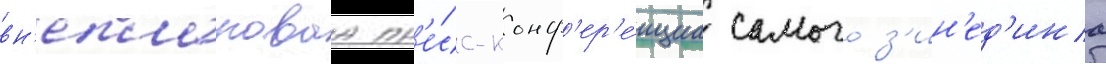
вн'еплановаа пр'е́сс-конф'ер'е́нциа самого з'ин'ед'ина